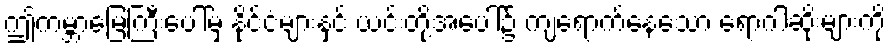
ဤကမ္ဘာမြေကြီးပေါ်မှ နိုင်ငံများနှင့် ယင်းတို့အပေါ်၌ ကျရောက်နေသော ရောဂါဆိုးများကို